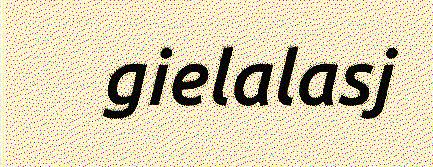
gielalasj